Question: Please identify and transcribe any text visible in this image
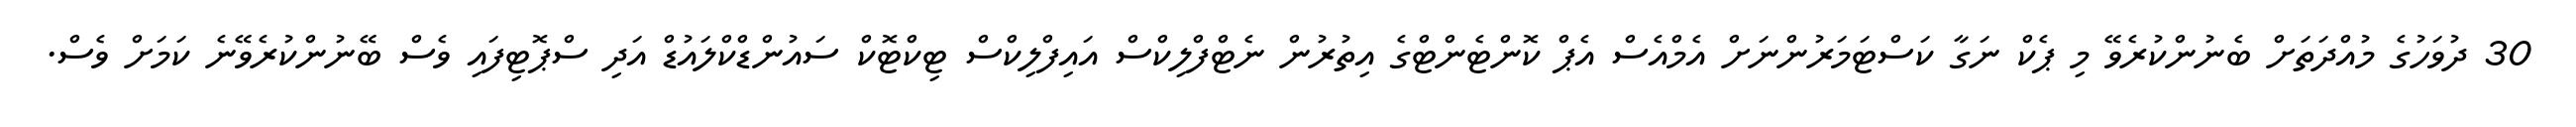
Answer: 30 ދުވަހުގެ މުއްދަތަށް ބެނުންކުރެވޭ މި ޕެކް ނަގާ ކަސްޓަމަރުންނަށް އެމްއެސް އެޕް ކޮންޓެންޓްގެ އިތުރުން ނެޓްފްލިކްސް އައިފްލިކްސް ޓިކްޓޮކް ސައުންޑްކްލައުޑް އަދި ސްޕޮޓިފައި ވެސް ބޭނުންކުރެވޭނެ ކަމަށް ވެސް.